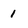
Character: 1